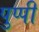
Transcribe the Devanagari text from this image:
पुप्पी